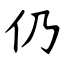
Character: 仍